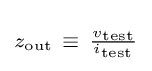
\scriptstyle z_{\text{out}}~\equiv ~{\frac {v_{\text{test}}}{i_{\text{test}}}}